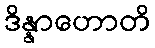
ဒိန္နာဟောတိ